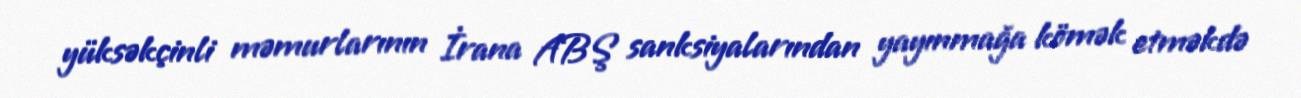
yüksəkçinli məmurlarının İrana ABŞ sanksiyalarından yayınmağa kömək etməkdə